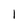
Character: 1